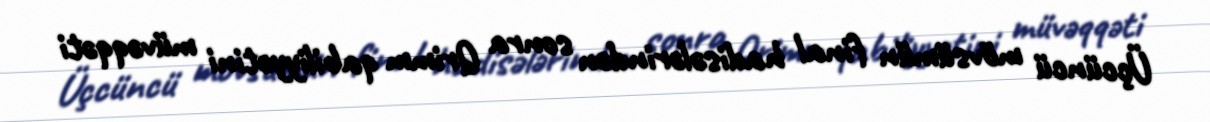
Üçcüncü mövsümün final hadisələrindən sonra Qrimm qabiliyyətini müvəqqəti